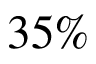
3 5 \%